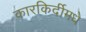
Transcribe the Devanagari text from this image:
कारकिर्दीमधे